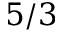
5 / 3